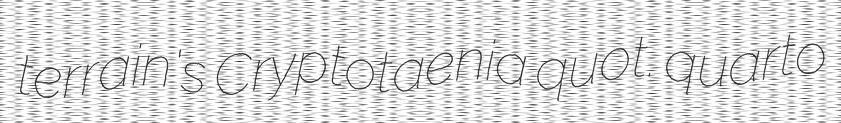
terrain's Cryptotaenia quot. quarto